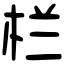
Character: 栏